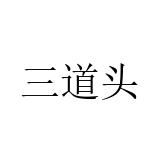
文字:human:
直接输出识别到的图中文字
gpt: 三道头